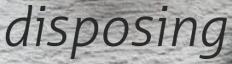
disposing